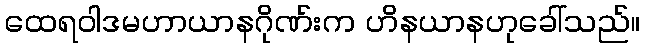
ထေရဝါဒမဟာယာနဂိုဏ်းက ဟိနယာနဟုခေါ်သည်။